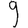
Digit: 9